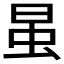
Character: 𰲭